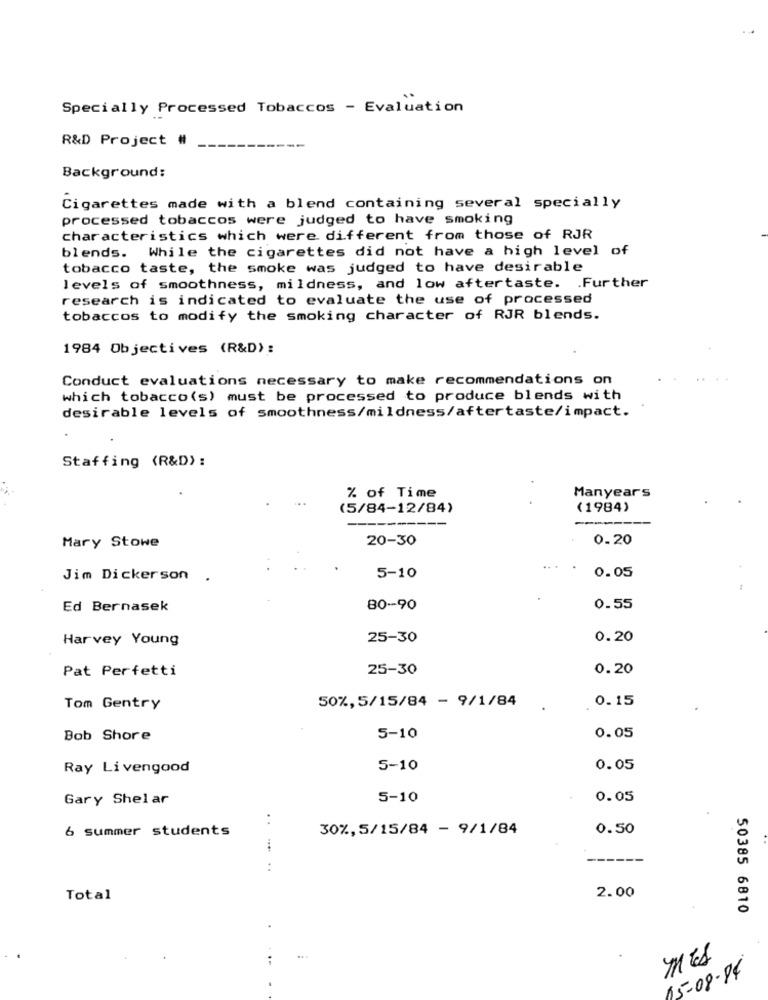
Specially Processed Tobaccos - Evaluation
R&D Project #
Background:
Cigarettes made with a blend containing several specially
processed tobaccos were judged to have smoking
characteristics which were different from those of RJR
blends. While the cigarettes did not have a high level of
tobacco taste, the smoke was judged to have desirable
levels of smoothness, mildness, and low aftertaste. . Further
research is indicated to evaluate the use of processed
tobaccos to modify the smoking character of RJR blends.
1984 Objectives (R&D) :
Conduct evaluations necessary to make recommendations on
which tobacco(s) must be processed to produce blends with
desirable levels of smoothness/mildness/aftertaste/impact.
Staffing (R&D):
% of Time
Manyears
(5/84-12/84)
(1984)
20-30
0.20
Mary Stowe
Jim Dickerson
5-10
0.05
Ed Bernasek
80-90
0.55
Harvey Young
25-30
0.20
Pat Perfetti
25-30
0.20
50%,5/15/84 - 9/1/84
0.15
Tom Gentry
Bob Shore
5-10
0.05
Ray Livengood
5-10
0.05
Gary Shelar
5-10
0.05
. .
6 summer students
30%, 5/15/84 - 9/1/84
0.50
..
2.00
Total
50385 6810
05-08-84